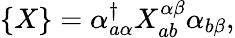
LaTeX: \{ X\} =\alpha_{a\alpha}^{\dagger}X_{ab}^{\alpha\beta}\alpha_{b\beta},